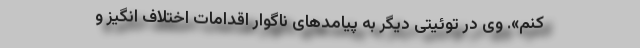
کنم». وی در توئیتی دیگر به پیامدهای ناگوار اقدامات اختلاف انگیز و